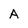
Character: A